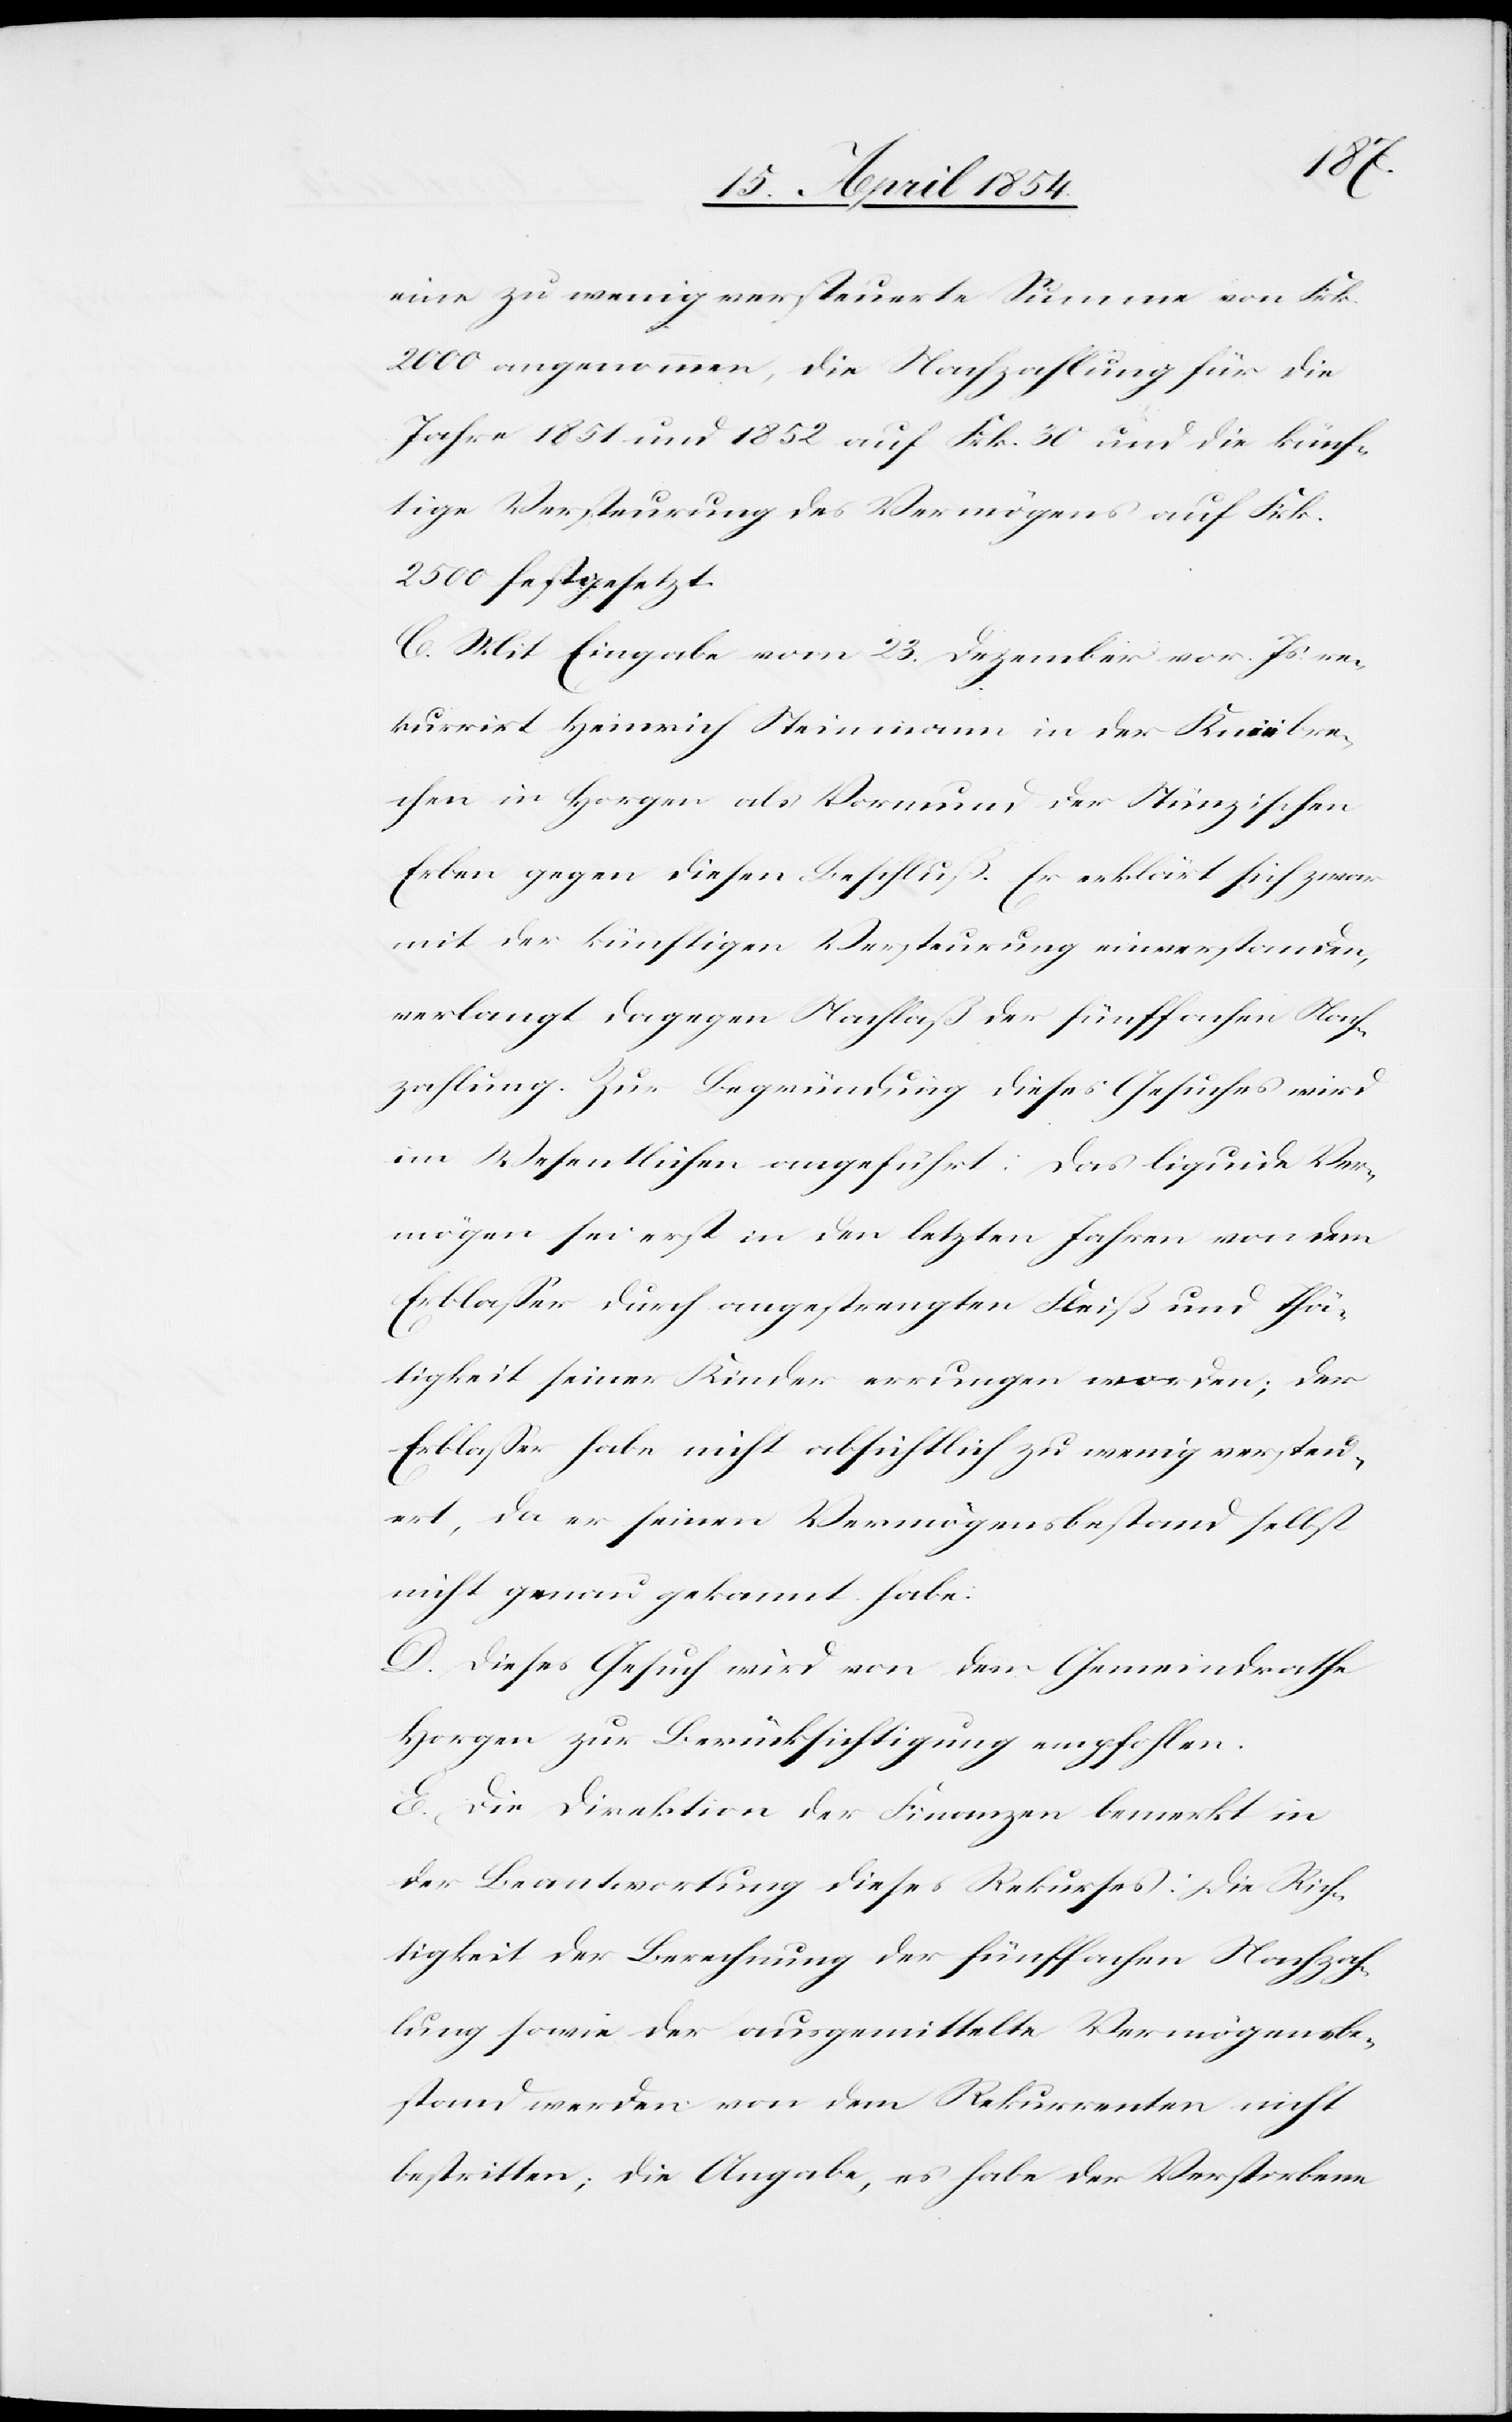
eine zu wenig versteuerte Summe von Frk.
2000 angenommen, die Nachzahlung für die
Jahre 1851 und 1852 auf Frk. 30 und die künf¬
tige Versteuerung des Vermögens auf Frk.
2500 festgesetzt.
C. Mit Eingabe vom 23. Dezember vor. Js re¬
kurrirt Heinrich Steinmann in der Knübre¬
chen in Horgen als Vormund der Stünzischen
Erben gegen diesen Beschluß. Er erklärt sich zwar
mit der künftigen Versteurung einverstanden,
verlangt dagegen Nachlaß der fünffachen Nach¬
zahlung. Zur Begründung dieses Gesuches wird
im Wesentlichen angeführt: Das liquide Ver¬
mögen sei erst in den letzten Jahren von dem
Erblaßer durch angestrengten Fleiß und Thä¬
tigkeit seiner Kinder errungen worden; der
Erblaßer habe nicht absichtlich zu wenig versteu¬
ert, da er seinen Vermögensbestand selbst
nicht genau gekannt habe.
D. Dieses Gesuch wird von dem Gemeindrathe
Horgen zur Berücksichtigung empfohlen.
E. Die Direktion der Finanzen bemerkt in
der Beantwortung dieses Rekurses: Die Rich¬
tigkeit der Berechnung der fünffachen Nachzah¬
lung sowie der ausgemittelte Vermögensbe¬
stand werden von dem Rekurrenten nicht
bestritten; die Angabe, es habe der Verstorbene